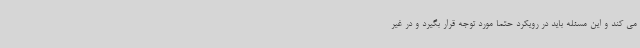
می کند و این مسئله باید در رویکرد حتما مورد توجه قرار بگیرد و در غیر